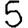
Digit: 5